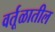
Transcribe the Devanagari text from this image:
वर्तूळातील